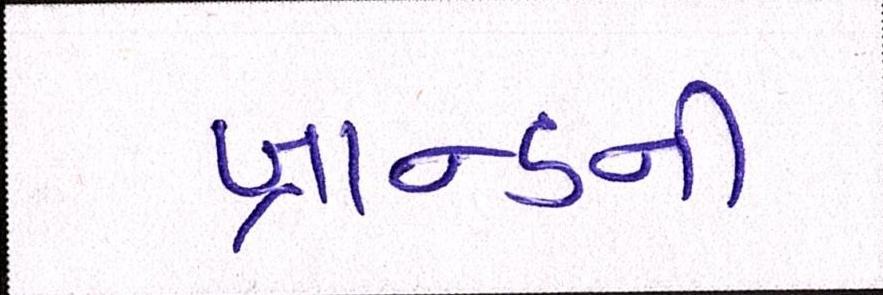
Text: બ્રાન્ડની